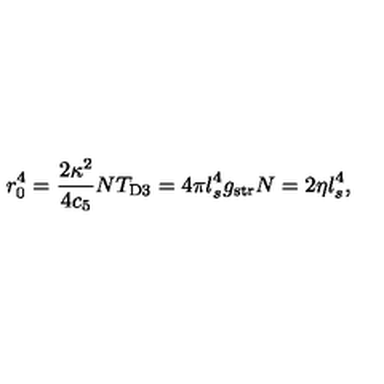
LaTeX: r _ { 0 } ^ { 4 } = \frac { 2 \kappa ^ { 2 } } { 4 c _ { 5 } } N T _ { \mathrm { D 3 } } = 4 \pi l _ { s } ^ { 4 } g _ { \mathrm { s t r } } N = 2 \eta l _ { s } ^ { 4 } ,